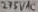
Text: 275VAC